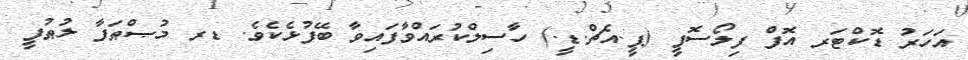
އަހަރު ޑޮކްޓަރ އޮފް ފިލޯސޮފީ (ޕީ.އެޗް.ޑީ.) ހާސިލްކުރައްވާފައިވާ ބޭފުޅެކެވެ. ޑރ މުޞްޠަފާ ލުޠުފީ